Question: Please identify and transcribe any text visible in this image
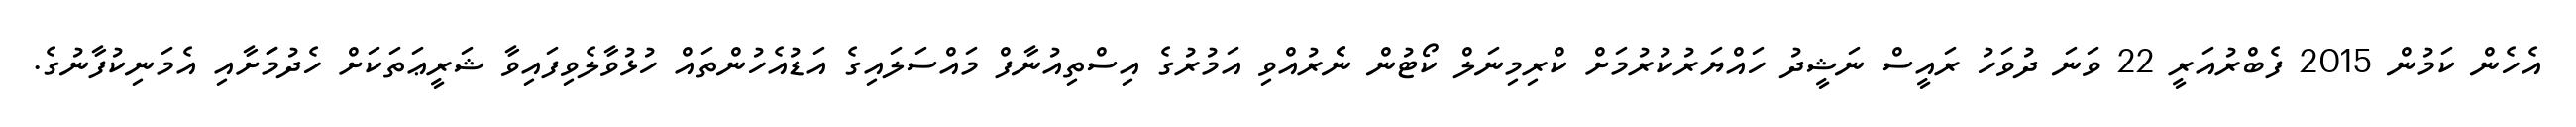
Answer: އެހެން ކަމުން 2015 ފެބްރުއަރީ 22 ވަނަ ދުވަހު ރައީސް ނަޝީދު ހައްޔަރުކުރުމަށް ކްރިމިނަލް ކޯޓުން ނެެރުއްވި އަމުރުގެ އިސްތިއުނާފް މައްސަލައިގެ އަޑުއެހުންތައް ހުޅުވާލެވިފައިވާ ޝަރީޢަތަކަށް ހެދުމަަށާއި އެމަނިކުފާނުގެ.